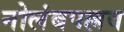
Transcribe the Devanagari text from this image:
नोलंबपल्लव